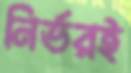
নির্ভরই